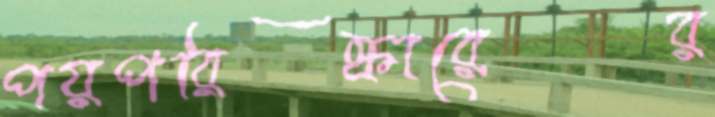
পয়পরিষ্কারের